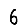
Digit: 6